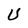
Character: U